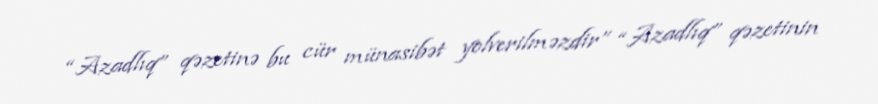
“Azadlıq” qəzetinə bu cür münasibət yolverilməzdir” “Azadlıq” qəzetinin